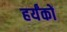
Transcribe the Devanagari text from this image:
हर्यंकों